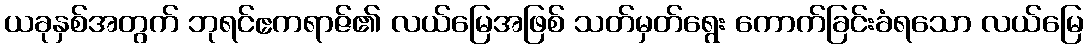
ယခုနှစ်အတွက် ဘုရင်ဧကရာဇ်၏ လယ်မြေအဖြစ် သတ်မှတ်ရွေး ကောက်ခြင်းခံရသော လယ်မြေ